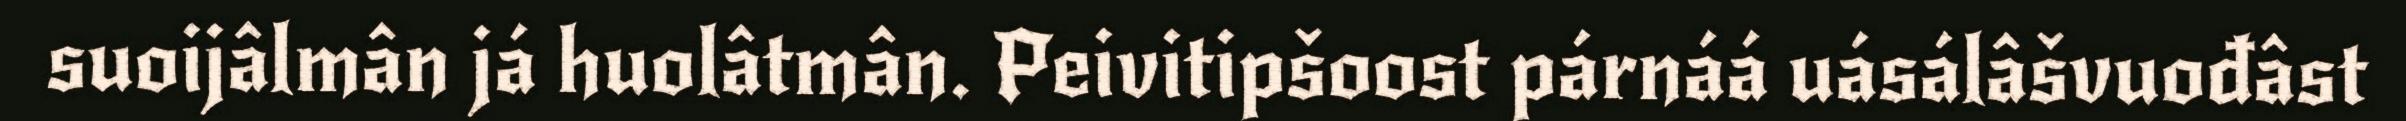
suoijâlmân já huolâtmân. Peivitipšoost párnáá uásálâšvuođâst